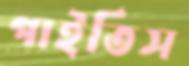
পাইতিস